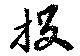
投